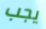
يجب